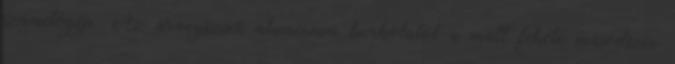
számítógép. Az aranyszínű alumínium burkolatot a matt fekete másodszín